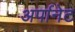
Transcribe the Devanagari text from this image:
अर्पानेट